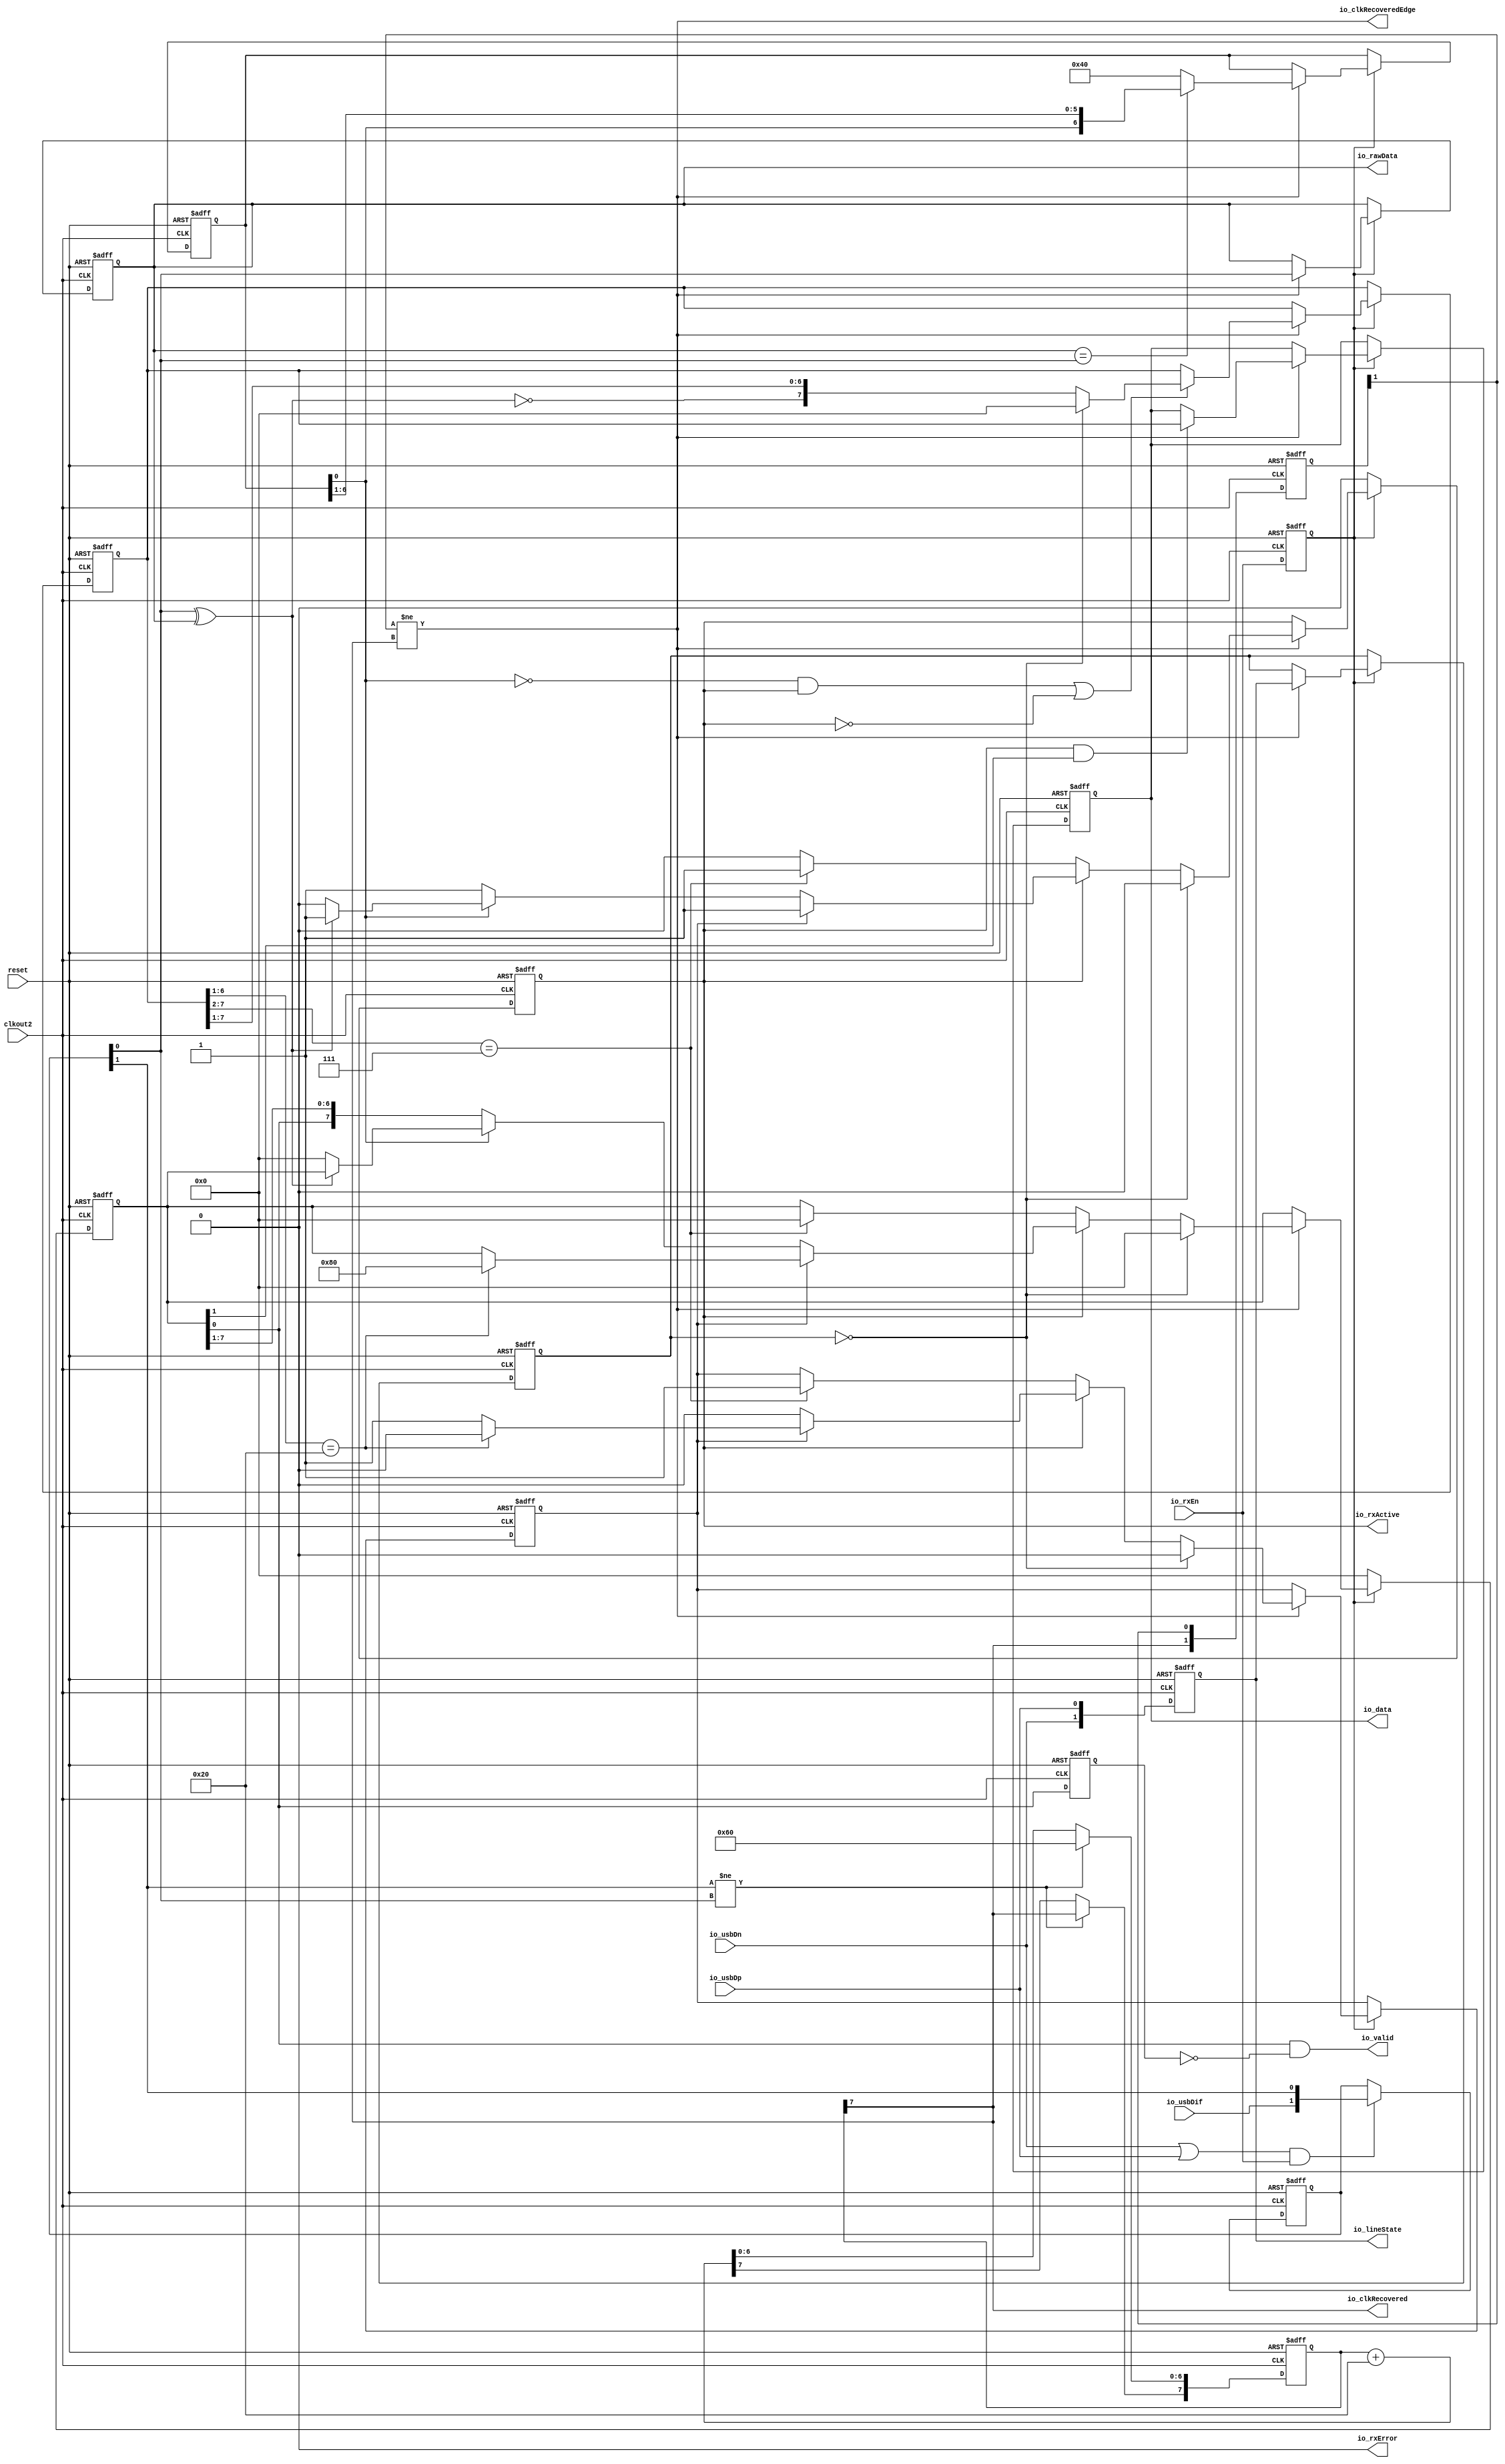
module UsbRxPhy (
      input   io_usbDif,
      input   io_usbDp,
      input   io_usbDn,
      output [1:0] io_lineState,
      output  io_clkRecovered,
      output  io_clkRecoveredEdge,
      output  io_rawData,
      input   io_rxEn,
      output  io_rxActive,
      output  io_rxError,
      output  io_valid,
      output [7:0] io_data,
      input   clkout2,
      input   reset);
  wire [6:0] _zz_1_;
  wire [7:0] paInc;
  wire [6:0] paCompensate;
  wire [6:0] idleCntInit;
  reg [7:0] rPa;
  reg [1:0] rDifShift;
  reg [1:0] rClkRecoveredShift;
  reg  rLineBitPrev;
  reg  rFrame;
  reg [7:0] rData;
  reg [7:0] rDataLatch;
  reg [7:0] rValid;
  reg [1:0] rLineState;
  reg [1:0] rLineStateSync;
  reg [1:0] rLineStatePrev;
  reg [6:0] rIdleCnt;
  reg  rPreamble;
  reg  rRxActive;
  reg  rRxEn;
  reg  rValidPrev;
  wire  sClkRecovered;
  wire  sLineBit;
  wire  sBit;
  assign _zz_1_ = (paInc[6 : 0] + paInc[6 : 0]);
  assign paInc = (8'b00100000);
  assign paCompensate = (_zz_1_ + paInc[6 : 0]);
  assign idleCntInit = (7'b1000000);
  assign sClkRecovered = rPa[7];
  assign sLineBit = rDifShift[0];
  assign sBit = (! (sLineBit ^ rLineBitPrev));
  assign io_data = rDataLatch;
  assign io_rawData = rLineBitPrev;
  assign io_lineState = rLineState;
  assign io_rxActive = rFrame;
  assign io_valid = (rValid[0] && (! rValidPrev));
  assign io_rxError = 1'b0;
  assign io_clkRecovered = sClkRecovered;
  assign io_clkRecoveredEdge = (rClkRecoveredShift[1] != sClkRecovered);
  always @ (posedge clkout2 or posedge reset) begin
    if (reset) begin
      rPa <= (8'b00000000);
      rDifShift <= (2'b00);
      rClkRecoveredShift <= (2'b00);
      rLineBitPrev <= 1'b0;
      rFrame <= 1'b0;
      rData <= (8'b00000000);
      rDataLatch <= (8'b00000000);
      rValid <= (8'b10000000);
      rLineState <= (2'b00);
      rLineStateSync <= (2'b00);
      rLineStatePrev <= (2'b00);
      rIdleCnt <= idleCntInit;
      rPreamble <= 1'b0;
      rRxActive <= 1'b0;
      rRxEn <= 1'b0;
      rValidPrev <= 1'b0;
    end else begin
      rClkRecoveredShift <= {sClkRecovered,rClkRecoveredShift[1]};
      rLineState <= {io_usbDn,io_usbDp};
      rLineStatePrev <= rLineState;
      rRxEn <= io_rxEn;
      rValidPrev <= rValid[0];
      if(((io_usbDn || io_usbDp) && io_rxEn))begin
        rDifShift <= {io_usbDif,rDifShift[1]};
      end
      if((rDifShift[1] != rDifShift[0]))begin
        rPa[6 : 0] <= paCompensate[6 : 0];
      end else begin
        rPa <= (rPa + paInc);
      end
      if(rRxEn)begin
        if((rClkRecoveredShift[1] != sClkRecovered))begin
          if((rLineBitPrev == sLineBit))begin
            rIdleCnt <= {rIdleCnt[0],rIdleCnt[6 : 1]};
          end else begin
            rIdleCnt <= idleCntInit;
          end
          rLineBitPrev <= sLineBit;
          if((((! rIdleCnt[0]) && rFrame) || (! rFrame)))begin
            if((rLineStateSync == (2'b00)))begin
              rData <= (8'b00000000);
            end else begin
              rData <= {sBit,rData[7 : 1]};
            end
          end
          if((rFrame && rValid[1]))begin
            rDataLatch <= rData;
          end
          if((rLineStateSync == (2'b00)))begin
            rFrame <= 1'b0;
            rValid <= (8'b00000000);
            rPreamble <= 1'b0;
            rRxActive <= 1'b0;
          end else begin
            if(rFrame)begin
              if(rPreamble)begin
                if((rData[6 : 1] == (6'b100000)))begin
                  rPreamble <= 1'b0;
                  rValid <= (8'b10000000);
                  rRxActive <= 1'b1;
                end
              end else begin
                if((! rIdleCnt[0]))begin
                  rValid <= {rValid[0],rValid[7 : 1]};
                end else begin
                  if(sBit)begin
                    rValid <= (8'b00000000);
                    rFrame <= 1'b0;
                    rRxActive <= 1'b0;
                  end
                end
              end
            end else begin
              if((rData[7 : 2] == (6'b000111)))begin
                rFrame <= 1'b1;
                rPreamble <= 1'b1;
                rValid <= (8'b00000000);
                rRxActive <= 1'b0;
              end
            end
          end
          rLineStateSync <= rLineState;
        end
      end else begin
        rValid <= (8'b00000000);
        rFrame <= 1'b0;
        rRxActive <= 1'b0;
      end
    end
  end

endmodule